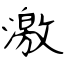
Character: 激